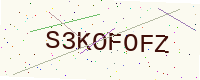
Text: S3KOFOFZ